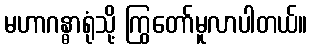
မဟာဂန္ဓာရုံသို့ ကြွတော်မူလာပါတယ်။